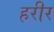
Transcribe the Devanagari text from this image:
हरीर